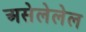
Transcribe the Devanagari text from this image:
असेलेलेल